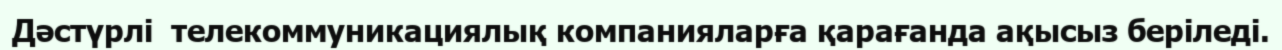
Дәстүрлі  телекоммуникациялық компанияларға қарағанда ақысыз беріледі.